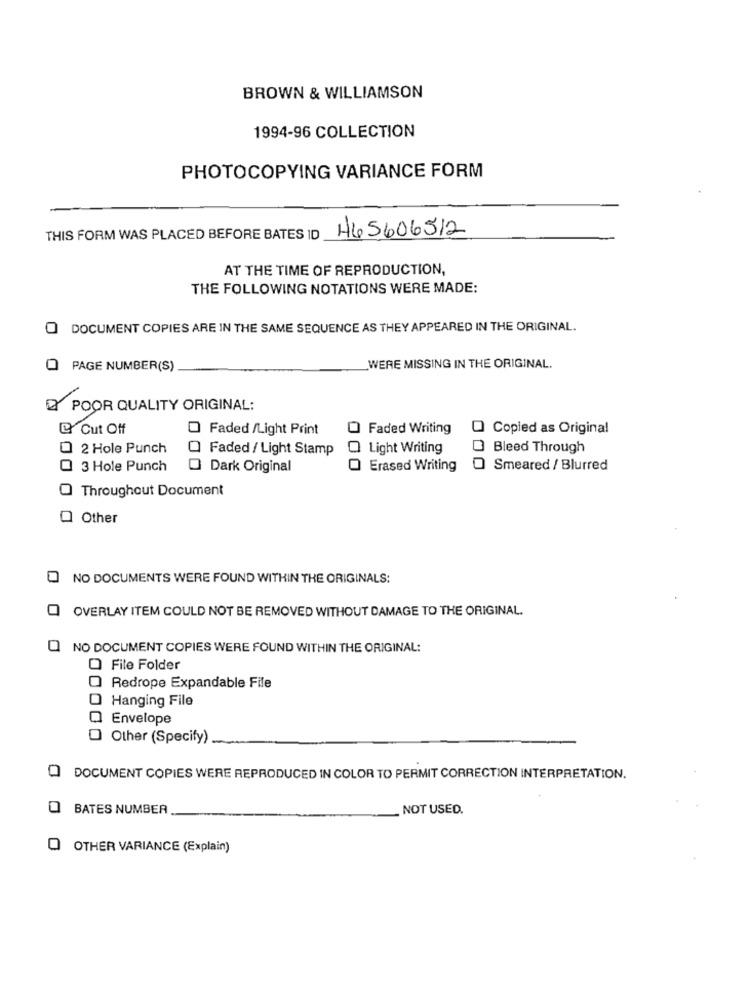
BROWN & WILLIAMSON
1994-96 COLLECTION
PHOTOCOPYING VARIANCE FORM
465606512
THIS FORM WAS PLACED BEFORE BATES ID
AT THE TIME OF REPRODUCTION,
THE FOLLOWING NOTATIONS WERE MADE:
O DOCUMENT COPIES ARE IN THE SAME SEQUENCE AS THEY APPEARED IN THE ORIGINAL.
O PAGE NUMBER(S)
WERE MISSING IN THE ORIGINAL.
2 POOR QUALITY ORIGINAL:
e Cut Off
Faded /Light Print
0
Faded Writing
Copied as Original
0 2 Hole Punch
Faded / Light Stamp
Light Writing
Bleed Through
3 Hole Punch
Dark Original
Erased Writing
Smeared / Blurred
Throughout Document
Q Other
NO DOCUMENTS WERE FOUND WITHIN THE ORIGINALS:
OVERLAY ITEM COULD NOT BE REMOVED WITHOUT DAMAGE TO THE ORIGINAL.
NO DOCUMENT COPIES WERE FOUND WITHIN THE ORIGINAL:
O File Folder
Redrope Expandable File
Hanging File
Envelope
O Other (Specify)
Q DOCUMENT COPIES WERE REPRODUCED IN COLOR TO PERMIT CORRECTION INTERPRETATION.
BATES NUMBER
NOT USED.
O OTHER VARIANCE (Explain)